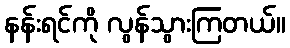
နန်းရင်ကို လွန်သွားကြတယ်။